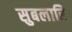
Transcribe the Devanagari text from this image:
सुबलारि